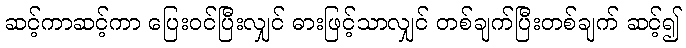
ဆင့်ကာဆင့်ကာ ပြေးဝင်ပြီးလျှင် ဓားဖြင့်သာလျှင် တစ်ချက်ပြီးတစ်ချက် ဆင့်၍